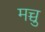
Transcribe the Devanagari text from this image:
मच्चु